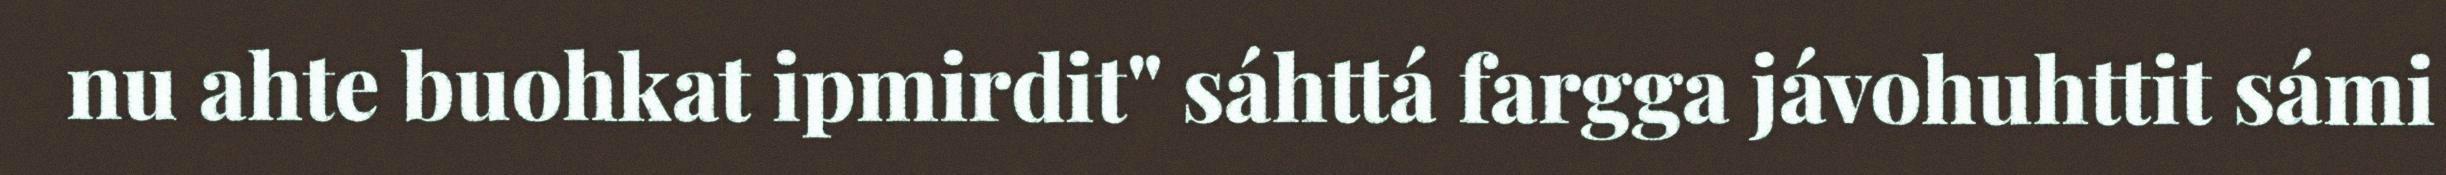
nu ahte buohkat ipmirdit" sáhttá fargga jávohuhttit sámi